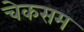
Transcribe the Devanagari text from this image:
चेकसम